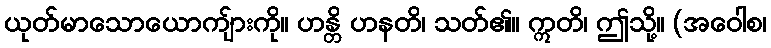
ယုတ်မာသောယောကျ်ားကို။ ဟန္တိ ဟနတိ၊ သတ်၏။ ဣတိ၊ ဤသို့။ (အဝေါစ၊